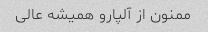
ممنون از آلپارو همیشه عالی